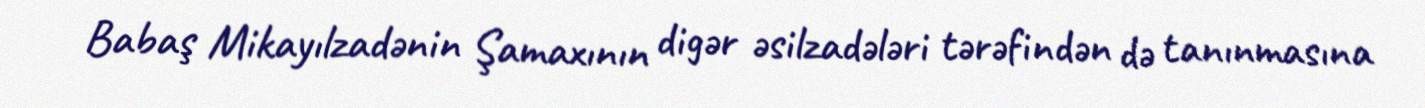
Babaş Mikayılzadənin Şamaxının digər əsilzadələri tərəfindən də tanınmasına